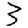
Digit: 3